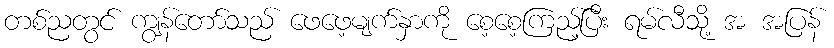
တစ်ညတွင် ကျွန်တော်သည် ဖေဖေ့မျက်နှာကို စေ့စေ့ကြည့်ပြီး ရမ်လီသို့ အ အပြန်